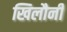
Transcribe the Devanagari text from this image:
खिलौनी